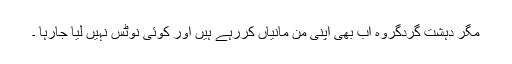
مگر دہشت گردگروہ اب بھی اپنی من مانیاں کررہے ہیں اور کوئی نوٹس نہیں لیا جارہا ۔